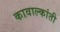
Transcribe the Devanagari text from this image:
कावाल्कांती